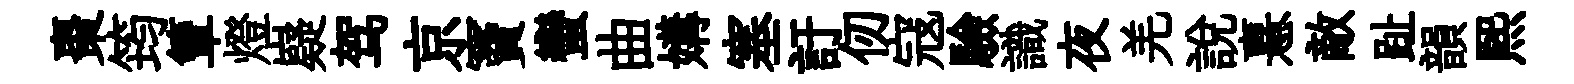
棗筠簟燈嶷驾京竇蠻曲媾塞訏仞寇驗識夜羌說憙敵趾韻熙